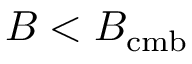
B < B _ { \mathrm { c m b } }